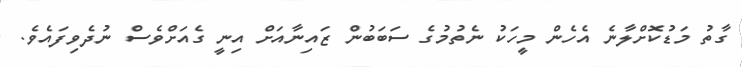
ގާތު މަޑުކޮށްލާނެ އެހެން މީހަކު ނެތުމުގެ ސަބަބުން ޒައިނާއަށް އިނީ ގެއަށްވެސް ނުދެވިފައެވެ.